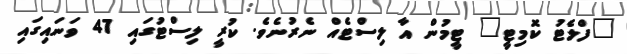
"ފްލެޓު ކޮމިޓީ" ޓީމުން އާ ލިސްޓެއް ނެރުނެވެ. ކުރީ ލިސްޓުގައި 47 ވަނައިގައި